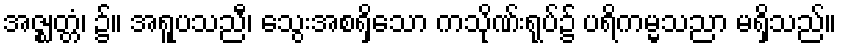
အဇ္ဈတ္တံ၊ ၌။ အရူပသညီ၊ သွေးအစရှိသော ကသိုဏ်းရုပ်၌ ပရိကမ္မသညာ မရှိသည်။